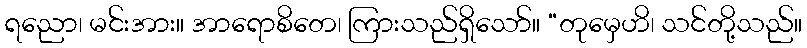
ရညော၊ မင်းအား။ အာရောစိတေ၊ ကြားသည်ရှိသော်။ “တုမှေဟိ၊ သင်တို့သည်။